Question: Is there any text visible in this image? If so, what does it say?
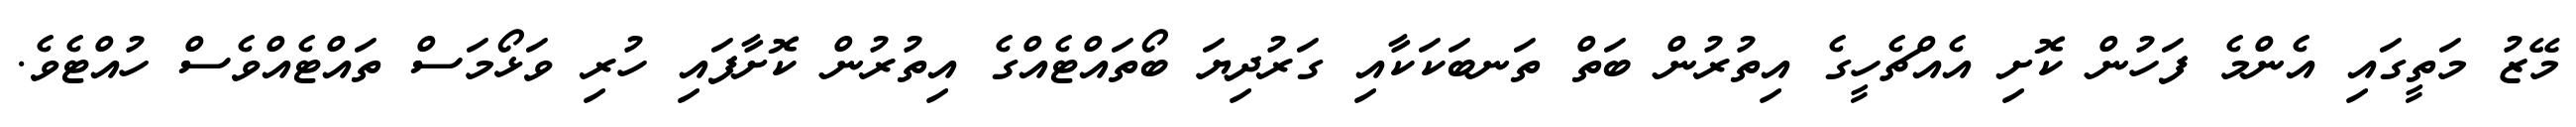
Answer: މޭޒު މަތީގައި އެންމެ ފަހުން ކޮށި އެއްޗެހީގެ އިތުރުން ބަތް ތަނބަކަކާއި ގަރުދިޔަ ބޯތައްޓެއްގެ އިތުރުން ކޮށާފައި ހުރި ވަޅޯމަސް ތައްޓެއްވެސް ހުއްޓެވެ.